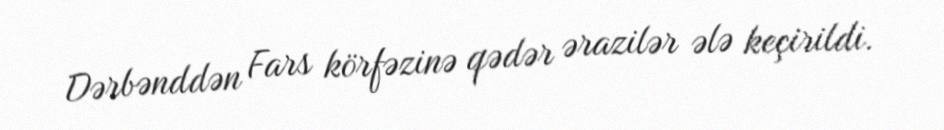
Dərbənddən Fars körfəzinə qədər ərazilər ələ keçirildi.